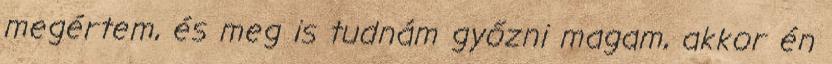
megértem, és meg is tudnám győzni magam, akkor én